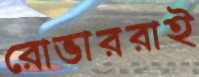
রোভাররাই